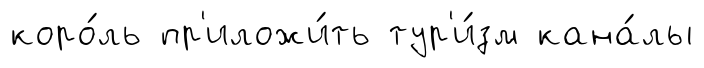
коро́ль пр'иложи́ть тур'и́зм кана́лы